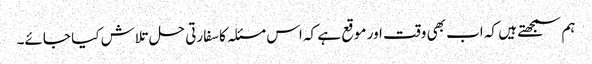
ہم سمجھتے ہیں کہ اب بھی وقت اور موقع ہے کہ اس مسئلہ کا سفارتی حل تلاش کیا جائے۔